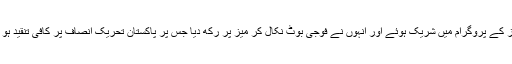
واضح رہے کہ وفاقی وزیر فیصل واڈا اے آر وائی نیوز کے پروگرام میں شریک ہوئے اور انہوں نے فوجی بوٹ نکال کر میز پر رکھ دیا جس پر پاکستان تحریک انصاف پر کافی تنقید ہو رہی ہے اور یہ بات وزیراعظم کو بھی پسند نہیں آیا –